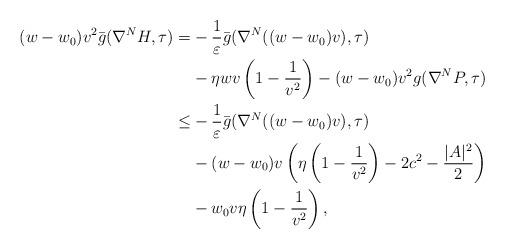
LaTeX: \begin{align*}(w-w_0)v^2\bar g(\nabla^NH,\tau)=&-\frac{1}{\varepsilon}\bar g(\nabla^N((w-w_0)v),\tau)\\&-{\eta} wv\left(1-\frac{1}{v^2}\right)-(w-w_0)v^2g(\nabla^NP,\tau)\\\leq&-\frac{1}{\varepsilon}\bar g(\nabla^N((w-w_0)v),\tau)\\&-(w-w_0)v\left({\eta}\left(1-\frac{1}{v^2}\right)-2c^2-\frac{|A|^2}{2}\right)\\&-w_0v{\eta}\left(1-\frac{1}{v^2}\right),\end{align*}